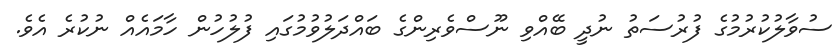
ސުވާލުކުރުމުގެ ފުރުސަތު ނުދީ ބޭއްވި ނޫސްވެރިންގެ ބައްދަލުވުމުގައި ފުލުހުން ހާމައެއް ނުކުރެ އެވެ.